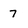
Character: 7